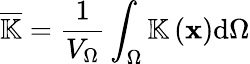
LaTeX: \overline{{\mathbb{K}}}=\frac{1}{V_{\Omega}}\int_{\Omega}\mathbb{K}\left(\mathbf{x}\right)\mathrm{d}\Omega